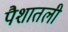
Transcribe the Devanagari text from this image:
पैशातली